Report on sanitation, dispensaries, and jails in Rajputana for 1920, and on vaccination for the year 1920-1921 - 1920-1921
Year: 1920
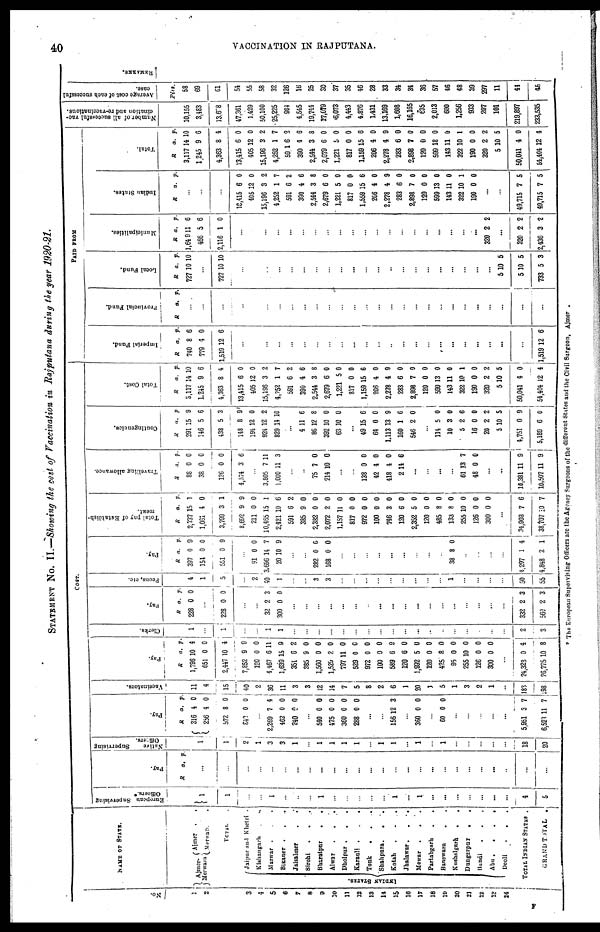
40
VACCINATION IN RAJPUTANA.
STATEMENT No. II.—Showing the cost of Vaccination in Rajputana during the year 1920-21.
No.
1
2
3
4
5
6
7
8
9
10
11
12
13
14
15
16
17
18
19
20
21
22
23
24
NAME OF STATE.
Ajmer-
Merwara
Ajmer . .
Merwara .
TOTAL .
INDIAN STATES.
Jaipur and Khetri .
Kishangarh
.
.
Marwar . . .
Bikaner . . .
Jaisalmer . .
Sirohi . . .
Bharatpur
.
.
Alwar . . . .
Dholpur
.
.
.
Karauli
.
.
.
Tonk . . .
Shahpura . . .
Kotah . . .
Jhalawar . . .
Mewar . . . .
Partabgarh
.
.
Banswara . .
Kushalgarh
.
.
Dungarpur
.
.
Bundi
.
.
.
Abu
.
.
.
.
Deoli . . . .
TOTAL INDIAN STATES .
GRAND TOTAL .
COST.
European Supervising
Officers.*
1
1
...
...
1
...
..
...
1
...
...
...
...
...
1
...
1
...
...
...
...
...
...
...
4
5
Pay.
R a. p.
...
...
...
...
...
...
...
...
...
...
...
...
...
...
...
...
...
...
...
...
...
...
...
...
...
...
Native
Supervising
Officers.
1
1
2
1
3
3
1
...
1
1
1
1
...
1
1
...
1
...
1
...
...
...
...
...
18
20
Pay.
R
316
256
572
840
a.
4
4
8
0
p.
0
0
0
0
...
2,269
462
240
7
0
0
4
0
0
...
540
475
360
288
0
0
0
0
0
0
0
0
...
...
156 12 3
...
360 0 0
...
60 0 0
...
...
...
...
...
5,951
6,523
3
11
7
7
Vaccinators.
11
4
15
40
2
36
11
3
3
12
14
7
5
8
2
6
1
20
1
5
1
3
2
1
...
183
198
Pay.
R
1,796
651
2,447
7,852
120
4,467
1,639
351
385
1,560
1,529
797
529
972
100
589
120
1,992
120
425
95
255
126
300
a.
10
0
10
9
0
6
15
6
9
0
2
11
0
0
0
6
6
5
0
8
0
10
0
0
p.
4
0
4
9
0
11
9
2
0
0
0
0
0
0
0
9
0
0
0
0
0
0
0
0
...
24,323
26,775
0
10
4
8
Clerks.
1
...
1
...
...
1
1
...
...
...
...
...
...
...
...
...
...
...
...
...
...
...
...
...
...
2
3
Pay.
R
228
a.
0
p.
0
...
228 0 0
...
...
32
300
2
0
3
0
...
...
...
...
...
...
...
...
...
...
...
...
...
...
...
...
...
...
332
560
2
2
3
3
Peons, etc.
4
1
5
...
2
40
1
...
...
3
3
...
...
...
...
...
...
...
...
...
1
...
...
...
...
50
55
Pay.
R
397
154
551
a.
0
0
0
p.
9
0
9
...
91
3,696
20
0
14
10
0
7
9
...
...
282
168
0
0
0
0
...
...
...
...
...
...
...
...
...
38 8 0
...
...
...
...
4,297
4,848
1
2
4
1
Total pay of Establish-
ment.
R
2,737
1,061
3,799
8,692
211
10,465
2,421
591
385
2,382
2,072
1,157
817
972
100
746
120
2,352
120
485
133
255
126
300
a.
15
4
3
9
0
15
10
6
9
0
2
11
0
0
0
3
6
5
0
8
8
10
0
0
p.
1
0
1
9
0
1
6
2
0
0
0
0
0
0
0
0
0
0
0
0
0
0
0
0
...
34,903
38,707
7
10
6
7
Travelling allowance.
R
88
38
126
4,374
a.
0
0
0
3
p.
0
0
0
6
...
3,805
1,000
7
11
11
3
...
...
75
214
7
10
0
0
...
...
133
42
418
2
0
4
4
14
0
0
0
6
...
...
...
...
61
48
13
0
7
0
...
...
10,381
10,507
11
11
9
9
Contingencies.
R
291
146
438
148
194
924
829
a.
15
5
5
8
12
12
14
p.
9
6
3
9
0
2
10
...
4
86
392
63
11
12
10
10
6
8
0
0
...
49
64
1,113
160
546
15
0
13
1
2
6
0
9
6
0
...
114
10
5
16
20
5
4,751
5,189
5
3
2
0
2
10
0
6
0
0
6
0
2
5
9
0
Total Cost.
R
3,117
1,245
4,363
13,415
405
15,196
4,952
591
390
2,544
2,679
1,221
817
1,159
206
2,278
283
2,898
120
599
143
322
190
320
5
50,041
54,404
a.
14
9
8
6
12
3
1
6
4
3
6
5
0
15
4
4
6
7
0
13
11
10
0
2
10
4
12
p.
10
6
4
0
0
2
7
2
6
8
0
0
0
6
0
9
0
0
0
0
0
1
0
2
5
0
4
PAID FROM
Imperial Fund.
R
740
779
1,519
a.
8
4
12
p.
6
0
6
...
...
...
...
...
...
...
...
...
...
...
...
...
...
...
...
...
...
...
...
...
...
...
1,519 12 6
Provincial Fund.
R a. p.
...
...
...
...
...
...
...
...
...
...
...
...
...
...
...
...
...
...
...
...
...
...
...
...
...
...
...
Local Fund.
R
727
a.
10
p.
10
...
727 10 10
...
...
...
...
...
...
...
...
...
...
...
...
...
...
...
...
...
...
...
...
...
5
5
733
10
10
5
5
5
3
Municipalities.
R
1,649
466
2,116
a.
11
5
1
p.
6
6
0
...
...
...
...
...
...
...
...
...
...
...
...
...
...
...
...
...
...
...
...
320 2 2
...
320
2,436
2
3
2
2
Indian States.
R a. p.
...
...
...
18,415
405
15,196
4,252
591
390
2,544
2,679
1,221
817
1,559
206
2,278
283
2,898
120
599
143
322
190
6
12
3
1
6
4
3
6
5
0
15
4
4
6
7
0
13
11
10
0
0
0
2
7
2
6
8
0
0
0
6
0
9
0
0
0
0
0
1
0
...
...
49,715
49,715
7
7
5
5
Total.
R
3,117
1,245
4,363
13,415
405
15,196
4,252
591
390
2,544
2,679
1,221
817
1,159
206
2,278
283
2,898
120
599
143
322
190
320
5
50,041
54,404
a.
14
9
8
6
12
3
1
6
4
3
6
5
0
15
4
4
6
7
0
18
11
10
0
2
10
4
12
p.
10
6
4
0
0
2
7
2
6
8
0
0
0
6
0
9
0
0
0
0
0
1
0
2
5
0
4
Number of all successful vac-
cination and re-vaccinations.
10,155
3,483
13,638
47,361
1,429
50,100
25,225
964
4,545
19,744
17,079
6,073
4,443
4,876
1,431
13,169
1,608
16,165
635
2,013
600
1,256
933
207
101
219,897
233,535
Average cost of each successful
case.
Pies.
58
69
61
54
55
58
32
126
16
25
30
37
35
46
28
33
34
34
36
57
46
48
39
297
11
44
45
* The European Supervising Officers are the Agency Surgeons of the different States and the Civil Surgeon, Ajmer.
F